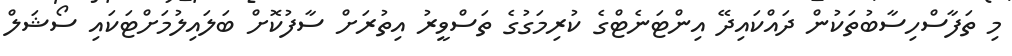
މި ތަފާސްހިސާބުތަކުން ދައްކައިދޭ އިންޓަނެޓްގެ ކުރިމަގުގެ ތަސްވީރު އިތުރަށް ސާފުކޮށް ބަލައިލުމަށްޓަކައި ސޯޝަލް